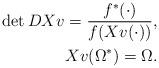
LaTeX: \begin{align*} \det DXv = \frac{f^*(\cdot)}{f(Xv(\cdot))},\\ Xv(\Omega^*) = \Omega. \end{align*}